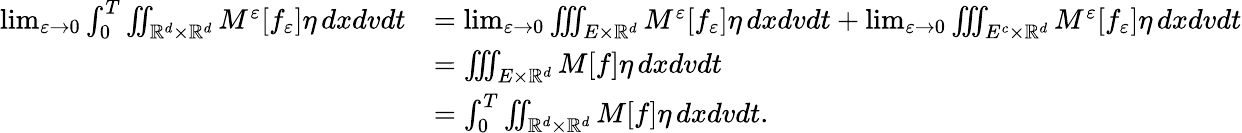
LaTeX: \begin{array}{rl}{\operatorname*{lim}_{\varepsilon\to 0}\int_{0}^{T}\iint_{\mathbb R^{d}\times\mathbb R^{d}}M^{\varepsilon}[f_{\varepsilon}]\eta\, dxdvdt}&{=\operatorname*{lim}_{\varepsilon\to 0}\iiint_{E\times\mathbb R^{d}}M^{\varepsilon}[f_{\varepsilon}]\eta\, dxdvdt+\operatorname*{lim}_{\varepsilon\to 0}\iiint_{E^{c}\times\mathbb R^{d}}M^{\varepsilon}[f_{\varepsilon}]\eta\, dxdvdt}\\ &{=\iiint_{E\times\mathbb R^{d}}M[f]\eta\, dxdvdt}\\ &{=\int_{0}^{T}\iint_{\mathbb R^{d}\times\mathbb R^{d}}M[f]\eta\, dxdvdt.}\end{array}